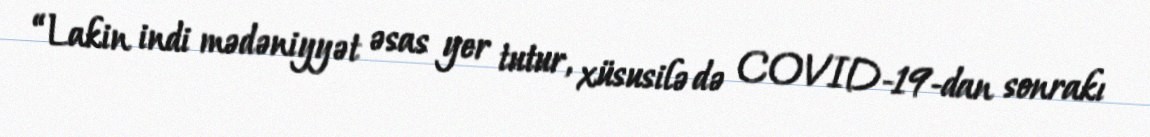
“Lakin indi mədəniyyət əsas yer tutur, xüsusilə də COVID-19-dan sonrakı